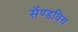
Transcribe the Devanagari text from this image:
सॅण्डविच